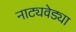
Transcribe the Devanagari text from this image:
नाट्यवेड्या